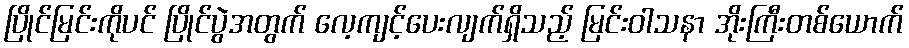
ပြိုင်မြင်းကိုပင် ပြိုင်ပွဲအတွက် လေ့ကျင့်ပေးလျက်ရှိသည့် မြင်းဝါသနာ အိုးကြီးတစ်ယောက်